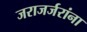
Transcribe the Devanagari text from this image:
जराजर्जरांना